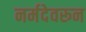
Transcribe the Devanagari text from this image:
नर्मदेवरून